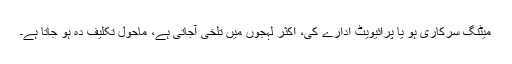
میٹنگ سرکاری ہو یا پرائیویٹ ادارے کی، اکثر لہجوں میں تلخی آجاتی ہے، ماحول تکلیف دہ ہو جاتا ہے۔